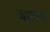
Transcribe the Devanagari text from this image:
इल्ल